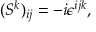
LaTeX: ( S ^ { k } ) _ { i j } = - i \epsilon ^ { i j k } ,